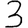
Digit: 3